Annual report on the working of the mental hospitals in the Madras Presidency - 1912-1932
Year: 1912
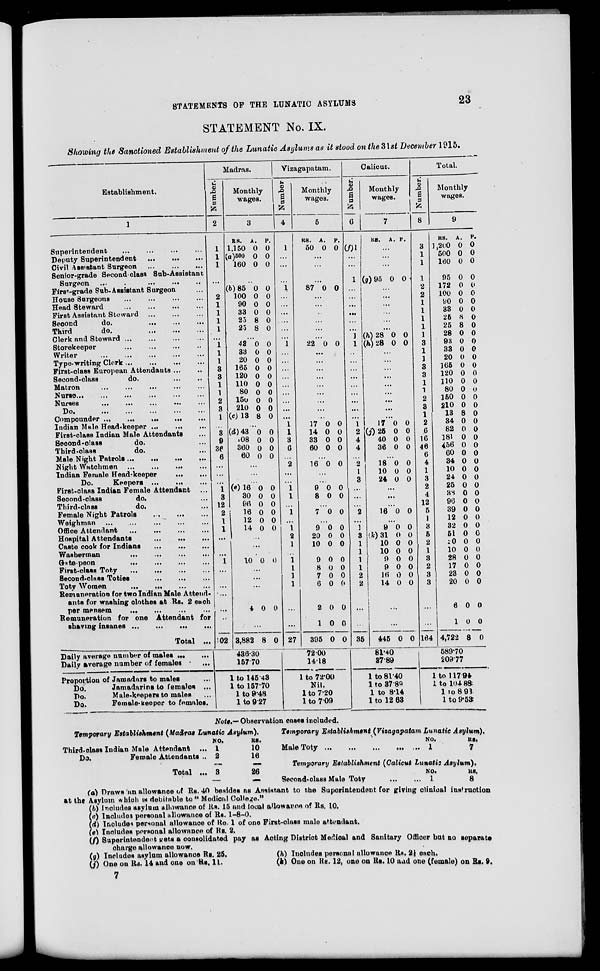
STATEMENTS OF THE LUNATIC ASYLUMS
23
STATEMENT No. IX.
Showing the Sanctioned Establishment of the Lunatic Asylums as it stood on the 31st December 1915.
Establishment.
1
Superintendent ... ... ... ...
Deputy Superintendent
...
...
...
Civil Assistant Surgeon ... ... ...
Senior-grade Second-class Sub-Assistant
Surgeon
...
...
...
...
...
First-grade Sub- Assistant Surgeon ...
House Surgeons ... ... ... ...
Head Steward
...
...
...
...
First Assistant Steward ... ... ...
Second
do.
...
...
...
Third
do.
...
...
...
Clerk and Steward ... ... ... ...
Storekeeper
...
...
...
...
Writer
...
...
...
...
...
Type-writing Clerk ... ... ... ...
First-class European Attendants ... ...
Second-class
do.
...
...
Matron ... ... ... ... ...
Nurse
...
...
...
...
...
...
Nurses
...
...
...
...
...
Do.
...
...
...
...
...
Compounder
...
...
...
...
...
Indian Male Head-keeper
...
...
...
First-class Indian Male Attendants ...
Second-class
do. ...
Third-class
do. ...
Male Night Patrols ... ... ... ...
Night Watchmen ... ... ...
...
Indian Female Head-keeper ... ...
Do.
Keepers ...
... ...
First-class Indian Female Attendant ...
Second-class
do. ...
Third-class
do. ...
Female Night Patrols
...
...
...
Weighman ... ... ... ... ...
Office Attendant
...
...
...
...
Hospital Attendants
...
...
...
Caste cook for Indians
...
...
...
Washerman
...
...
...
...
Gate-peon
...
...
...
...
First-class Toty
...
...
...
...
Second-c1ass Toties
...
...
...
Toty Women
...
...
...
...
Remuneration for two Indian Male Attend-
ants for washing clothes at Rs. 2 each
per mensem
...
...
...
...
Remuneration for one Attendant for
shaving insanes
...
...
...
...
Total ...
Daily average number of males ... ...
Daily Average number of females ...
Proportion of Jamadars to males ...
Do.
Jamadarins to females ...
Do.
Male-keepers to males ...
Do.
Female-keeper to females.
Madras.
Number.
2
1
1
1
...
...
2
1
1
1
1
...
1 1
1
3
3
1
1
2
3
1
...
3
9
36
6
...
...
...
1
3
12
2
1
1
...
...
...
1
...
...
...
...
...
102
Monthly
wages.
3
RS.
1,150
(a) 500
160
A.
0
0
0
P.
0
0
0
...
(b)85
100
90
33
25
25
0
0
0
0
8
8
0
0
0
0
0
0
...
43
33
20
165
120
110
80
150
210
(c) 13
0
0
0
0
0
0
0
0
0
8
0
0
0
0
0
0
0
0
0
0
...
(d) 43
108
360
60
0
0
0
0
0
0
0
0
...
...
...
(e)16
30
96
16
12
14
0
0
0
0
0
0
0
0
0
0
0
0
...
...
...
10 0 0
...
...
...
4
0 0
...
3,882 8 0
436.30
157.70
1 to 145.43
1 to 157.70
1 to 9.48
1 to 9.27
Vizagapatam.
Number.
4
1
...
...
...
1
...
...
...
...
...
...
1
...
...
...
...
...
...
...
...
...
1
1
3
6
...
2
...
...
1
1
...
1
...
1
2
1
...
1
1
1
1
...
...
27
Monthly
wages.
5
RS.
50
A.
0
P.
0
...
...
...
87 0 0
...
...
...
...
...
...
22 0 0
...
...
...
...
...
...
...
...
...
17
14
33
60
0
0
0
0
0
0
0
0
...
16 0 0
...
...
9
8
0
0
0
0
...
7 0 0
...
9
20
10
0
0
0
0
0
0
...
9
8
7
6
2
1
395
0
0
0
0
0
0
0
0
0
0
0
0
0
0
72.00
14.18
1 to 72.00
Nil.
1 to 7.20
1 to 7.09
Calicut.
Number.
6
(f) 1
...
...
1
...
...
...
...
...
...
1 1
...
...
...
...
...
...
...
...
...
1
2
4
4
...
2
1
3
...
...
...
2
...
1
3
1
1
1
1
2
2
...
...
35
Monthly
wages.
7
RS.
A. P.
...
...
...
(g) 95 0 0
...
...
...
...
...
...
(h) 28
(h) 28
0
0
0
0
...
...
...
...
...
...
...
...
...
17
(j) 25
40
36
0
0
0
0
0
0
0
0
...
18
10
24
0
0
0
0
0
0
...
...
...
16 0 0
...
9
(k) 31
10
10
9
9
16
14
0
0
0
0
0
0
0
0
0
0
0
0
0
0
0
0
...
...
445 0 0
81.40
37.89
1 to 81.40
1 to 37.89
1 to 8.14
1 to 12.63
Total.
Number.
8
3
1
1
1
2
2
1
1
1
1
1
3
1
1
3
3
1
1
2
3
1
2
6
16
46
6
4
1
3
2
4
12
5
1
3
5
2
1
3
2
3
3
...
...
164
Monthly
wages.
9
RS.
1,200
500
160
95
172
100
90
33
25
25
28
93
33
20
165
120
110
80
150
210
13
34
82
181
456
60
34
10
24
25
38
96
39
12
32
51
20
10
28
17
23
20
6
1
4,722
A.
0
0
0
0
0
0
0
0
8
8
0
0
0
0
0
0
0
0
0
0
8
0
0
0
0
0
0
0
0
0
0
0
0
0
0
0
0
0
0
0
0
0
0
0
8
P.
0
0
0
0
0
0
0
0
0
0
0
0
0
0
0
0
0
0
0
0
0
0
0
0
0
0
0
0
0
0
0
0
0
0
0
0
0
0
0
0
0
0
0
0
0
589.70
209.77
1 to 117.94
1 to 104.88
1 to 8.93
1 to 9.53
Note.—Observation cases included.
Temporary Establishment (Madras Lunatic Asylum).
Third-class Indian Male Attendant ...
Do.
Female Attendants ...
Total ...
NO.
1
2
3
RS.
10
16
26
Temporary Establishment (Vizagapatam Lunatic Asylum).
Male Toty
...
...
...
...
...
NO.
1
RS.
7
Temporary Establishment (Calicut Lunatic Asylum).
Second-class Male Toty
...
...
NO.
1
RS.
8
(a) Draws an allowance of Rs. 40 besides as Assistant to the Superintendent for giving clinical instruction
at the Asylum which is debitable to "Medical College."
(b) Includes asylum allowance of Rs. 15 and local allowance of Rs. 10.
(c) Includes personal allowance of Rs. 1-8-0.
(d) Includes personal allowanoe of Re. 1 of one First-class male attendant.
(e) Includes personal allowance of Rs. 2.
(f) Superintendent gets a consolidated pay as Acting District Medical and Sanitary Officer but no separate
charge allowance now.
(g) Includes asylum allowance Rs. 25.
(h) Includes personal allowance Rs. 2½ each.
(j) One on Rs. 14 and one on Rs. 11.
(k) One on Rs. 12, one on Rs. 10 and one (female) on Rs. 9.
7